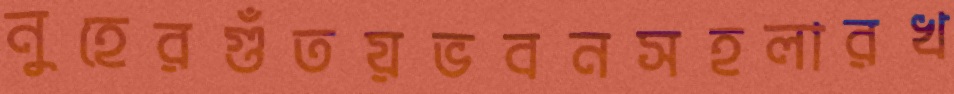
নুহেরগুঁতয়ভবনসহলারখ